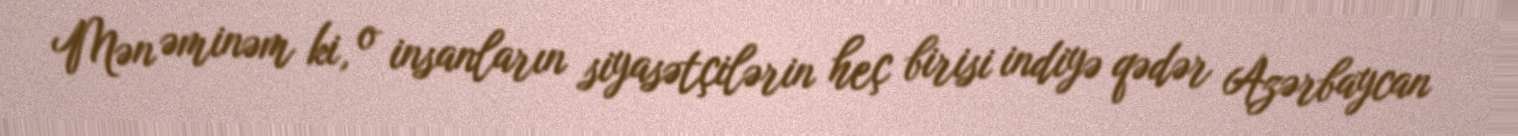
Mən əminəm ki, o insanların siyasətçilərin heç birisi indiyə qədər Azərbaycan